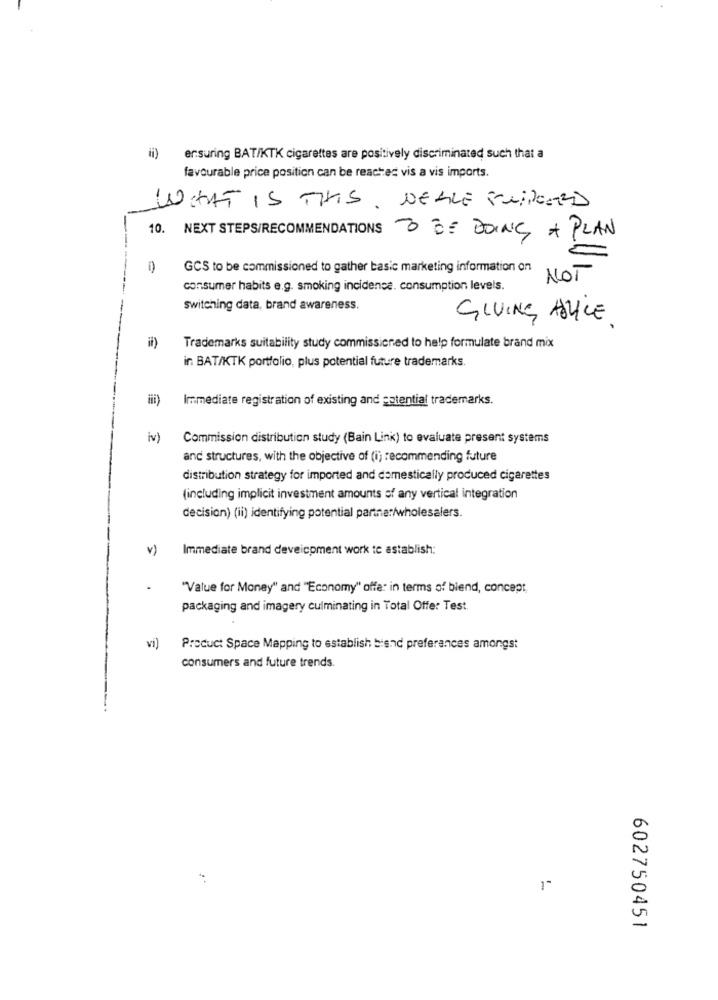
ensuring BATIKTK cigarettes are positively discriminated such that a
favourable price position can be reached vis a vis imports.
WHAT IS THIS. NEGLE SUPPORTED
10. NEXT STEPS/RECOMMENDATIONS 3 BE DOING A PLAN
GCS to be commissioned to gather basic marketing information on
NOT
consumer habits e.g. smoking incidence. consumption levels.
switching data, brand awareness.
GIVING ALICE.
-
il)
Trademarks suitability study commissioned to help formulate brand mix
ir. BAT/KTK portfolio, plus potential future trademarks.
ill)
Immediate registration of existing and potential trademarks.
iv)
Commission distribution study (Bain Link) to evaluate present systems
and structures, with the objective of (i) recommending future
distribution strategy for imported and domestically produced cigarettes
(including implicit investment amounts of any vertical integration
decision) (ii) identifying potential partner/wholesalers.
v)
Immediate brand deveicpment work te astablish:
"Value for Money" and "Economy" offer in terms of biend, concept
packaging and imagery culminating in Total Offer Test
vi)
Product Space Mapping to establish biend preferences amongst
consumers and future trends.
1"
602750451